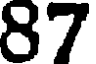
87